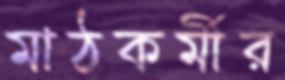
মাঠকর্মীর